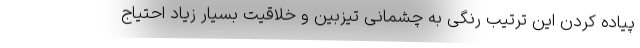
پیاده کردن این ترتیب رنگی به چشمانی تیزبین و خلاقیت بسیار زیاد احتیاج